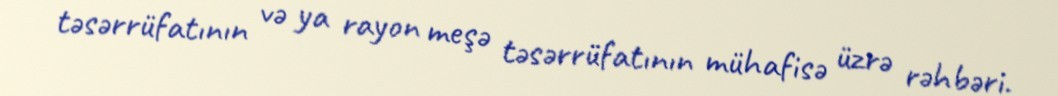
təsərrüfatının və ya rayon meşə təsərrüfatının mühafisə üzrə rəhbəri.